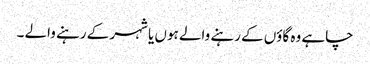
چاہے وہ گاؤں کے رہنے والے ہوں یا شہر کے رہنے والے ۔